Vaccination in Bombay 1869-1873 - 1869-1873
Year: 1869
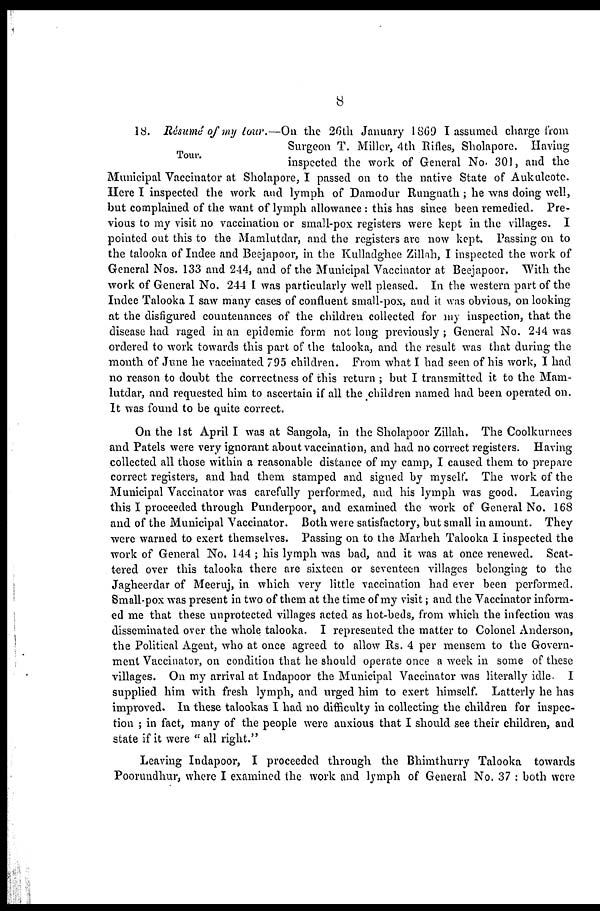
8
Tour.
18. Résumé of my tour.—On the 26th January 1869 I assumed charge from
Surgeon T. Miller, 4th Rifles, Sholapore. Having
inspected the work of General No. 301, and the
Municipal Vaccinator at Sholapore, I passed on to the native State of Aukulcotc.
Here I inspected the work and lymph of Damodur Rungnath ; he was doing well,
but complained of the want of lymph allowance : this has since been remedied. Pre-
vious to my visit no vaccination or small-pox registers were kept in the villages. I
pointed out this to the Mamlutdar, and the registers are now kept. Passing on to
the talooka of Indee and Beejapoor, in the Kulladghee Zillah, I inspected the work of
General Nos. 133 and 244, and of the Municipal Vaccinator at Beejapoor. With the
work of General No. 244 I was particularly well pleased. In the western part of the
Indee Talooka I saw many cases of confluent small-pox, and it was obvious, on looking
at the disfigured countenances of the children collected for my inspection, that the
disease had raged in an epidemic form not long previously ; General No. 244 was
ordered to work towards this part of the talooka, and the result was that during the
month of June he vaccinated 795 children. From what I had seen of his work, I had
no reason to doubt the correctness of this return ; but I transmitted it to the Mam-
lutdar, and requested him to ascertain if all the children named had been operated on.
It was found to be quite correct.
On the 1st April I was at Sangola, in the Sholapoor Zillah. The Coolkurnees
and Patels were very ignorant about vaccination, and had no correct registers. Having
collected all those within a reasonable distance of my camp, I caused them to prepare
correct registers, and had them stamped and signed by myself. The work of the
Municipal Vaccinator was carefully performed, and his lymph was good. Leaving
this I proceeded through Punderpoor, and examined the work of General No. 168
and of the Municipal Vaccinator. Both were satisfactory, but small in amount. They
were warned to exert themselves. Passing on to the Marheh Talooka I inspected the
work of General No. 144 ; his lymph was bad, and it was at once renewed. Scat-
tered over this talooka there are sixteen or seventeen villages belonging to the
Jagheerdar of Meeruj, in which very little vaccination had ever been performed.
Small-pox was present in two of them at the time of my visit; and the Vaccinator inform-
ed me that these unprotected villages acted as hot-beds, from which the infection was
disseminated over the whole talooka. I represented the matter to Colonel Anderson,
the Political Agent, who at once agreed to allow Rs. 4 per mensem to the Govern-
ment Vaccinator, on condition that he should operate once a week in some of these
villages. On my arrival at Indapoor the Municipal Vaccinator was literally idle. I
supplied him with fresh lymph, and urged him to exert himself. Latterly he has
improved. In these talookas I had no difficulty in collecting the children for inspec-
tion ; in fact, many of the people were anxious that I should see their children, and
state if it were " all right."
Leaving Indapoor, I proceeded through the Bhimthurry Talooka towards
Poorundhur, where I examined the work and lymph of General No. 37 : both were